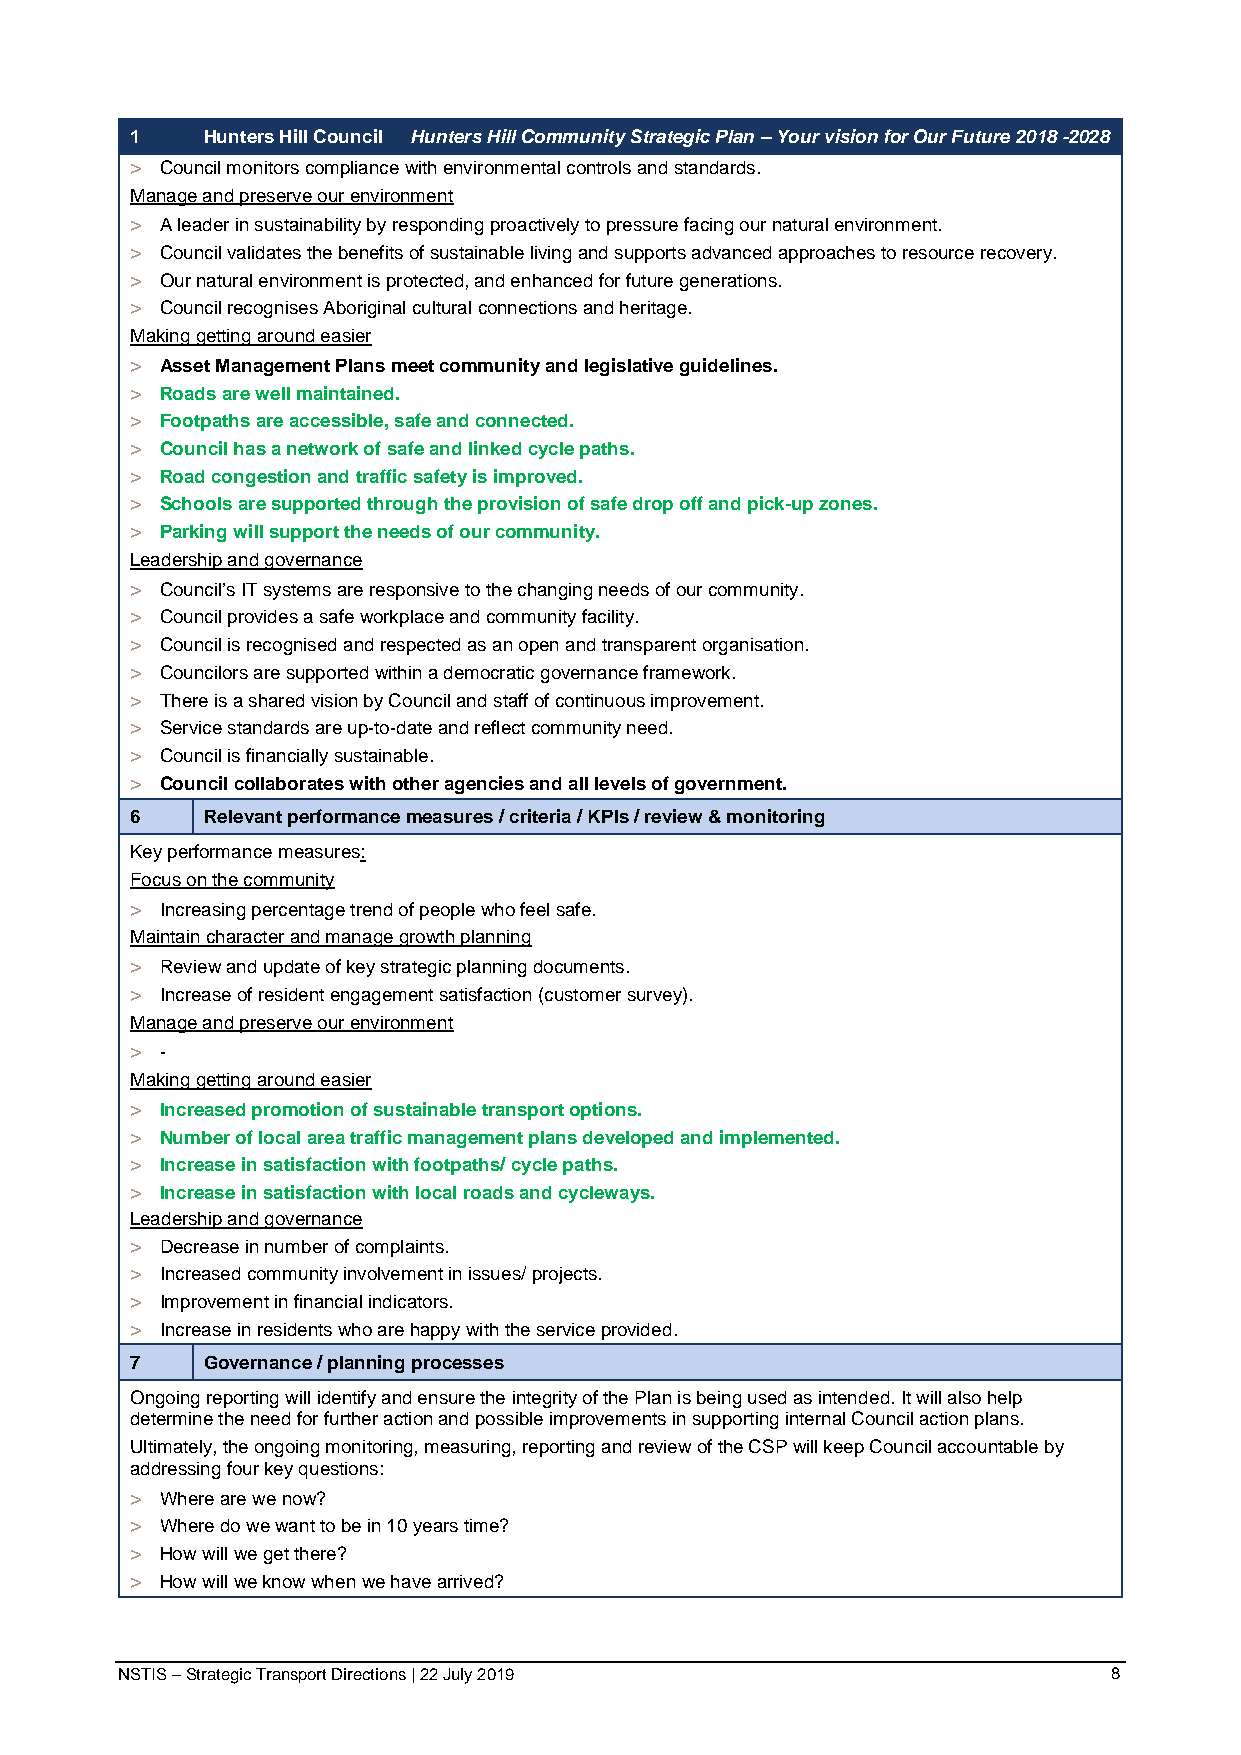
1   Hunters Hill Council Hunters Hill Community Strategic Plan – Your vision for Our Future 2018 -2028
 > Council monitors compliance with environmental controls and standards.
 Manage and preserve our environment
 > A leader in sustainability by responding proactively to pressure facing our natural environment.
 > Council validates the benefits of sustainable living and supports advanced approaches to resource recovery.
 > Our natural environment is protected, and enhanced for future generations.
 > Council recognises Aboriginal cultural connections and heritage.
 Making getting around easier
 > Asset Management Plans meet community and legislative guidelines.
 > Roads are well maintained.
 > Footpaths are accessible, safe and connected.
 > Council has a network of safe and linked cycle paths.
 > Road congestion and traffic safety is improved.
 > Schools are supported through the provision of safe drop off and pick-up zones.
 > Parking will support the needs of our community.
 Leadership and governance
 > Council’s IT systems are responsive to the changing needs of our community.
 > Council provides a safe workplace and community facility.
 > Council is recognised and respected as an open and transparent organisation.
 > Councilors are supported within a democratic governance framework.
 > There is a shared vision by Council and staff of continuous improvement.
 > Service standards are up-to-date and reflect community need.
 > Council is financially sustainable.
 > Council collaborates with other agencies and all levels of government.
 6   Relevant performance measures / criteria / KPIs / review & monitoring
 Key performance measures:
 Focus on the community
 > Increasing percentage trend of people who feel safe.
 Maintain character and manage growth planning
 > Review and update of key strategic planning documents.
 > Increase of resident engagement satisfaction (customer survey).
 Manage and preserve our environment
 > -
 Making getting around easier
 > Increased promotion of sustainable transport options.
 > Number of local area traffic management plans developed and implemented.
 > Increase in satisfaction with footpaths/ cycle paths.
 > Increase in satisfaction with local roads and cycleways.
 Leadership and governance
 > Decrease in number of complaints.
 > Increased community involvement in issues/ projects.
 > Improvement in financial indicators.
 > Increase in residents who are happy with the service provided.
 7   Governance / planning processes
 Ongoing reporting will identify and ensure the integrity of the Plan is being used as intended. It will also help
 determine the need for further action and possible improvements in supporting internal Council action plans.
 Ultimately, the ongoing monitoring, measuring, reporting and review of the CSP will keep Council accountable by
 addressing four key questions:
 > Where are we now?
 > Where do we want to be in 10 years time?
 > How will we get there?
 > How will we know when we have arrived?
 NSTIS – Strategic Transport Directions | 22 July 2019             8